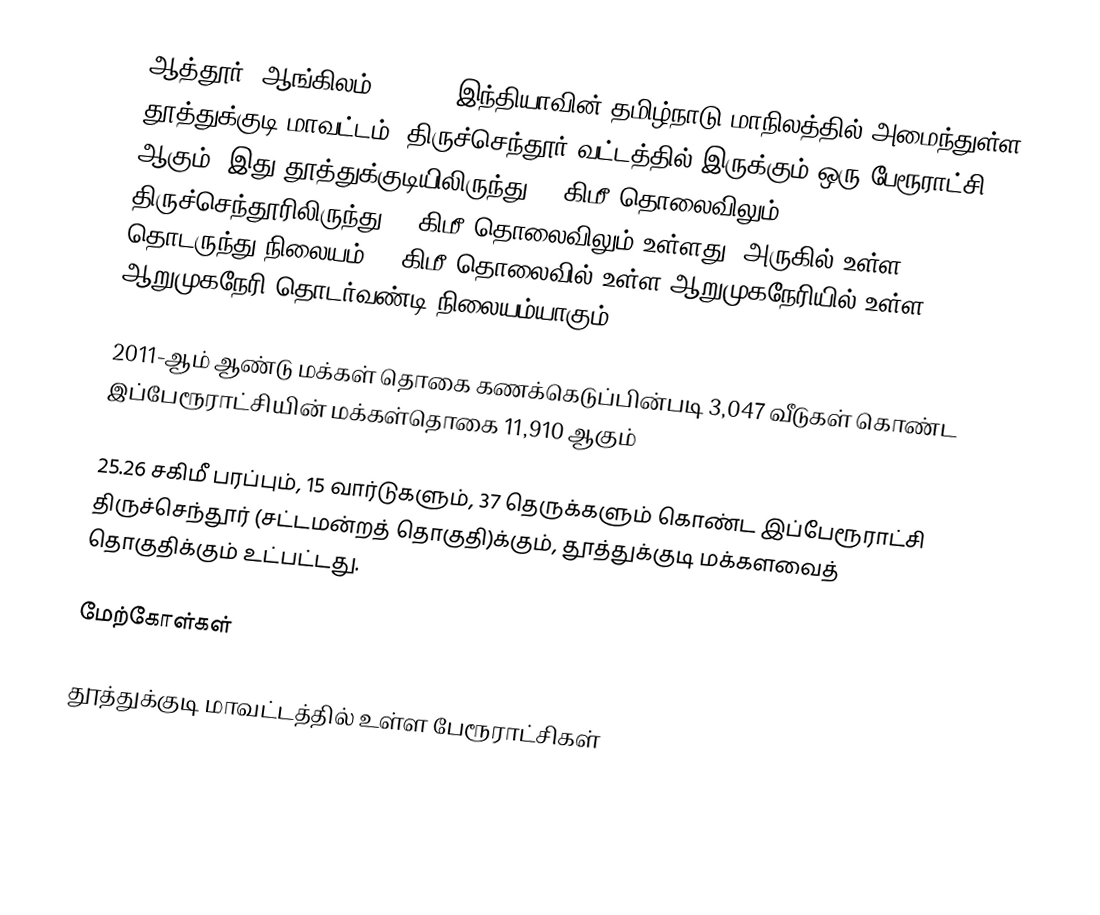
ஆத்தூர் (ஆங்கிலம்:Athur), இந்தியாவின் தமிழ்நாடு மாநிலத்தில் அமைந்துள்ள தூத்துக்குடி மாவட்டம்,  திருச்செந்தூர் வட்டத்தில் இருக்கும் ஒரு பேரூராட்சி ஆகும். இது தூத்துக்குடியிலிருந்து 23 கிமீ தொலைவிலும், திருச்செந்தூரிலிருந்து  17 கிமீ தொலைவிலும் உள்ளது. அருகில் உள்ள தொடருந்து நிலையம், 6 கிமீ தொலைவில் உள்ள ஆறுமுகநேரியில் உள்ள ஆறுமுகநேரி தொடர்வண்டி நிலையம்யாகும்.

2011-ஆம் ஆண்டு மக்கள் தொகை கணக்கெடுப்பின்படி  3,047 வீடுகள் கொண்ட இப்பேரூராட்சியின் மக்கள்தொகை 11,910 ஆகும்

25.26 சகிமீ பரப்பும்,  15  வார்டுகளும்,  37 தெருக்களும் கொண்ட இப்பேரூராட்சி  திருச்செந்தூர் (சட்டமன்றத் தொகுதி)க்கும், தூத்துக்குடி மக்களவைத் தொகுதிக்கும் உட்பட்டது.

மேற்கோள்கள்

தூத்துக்குடி மாவட்டத்தில் உள்ள பேரூராட்சிகள்